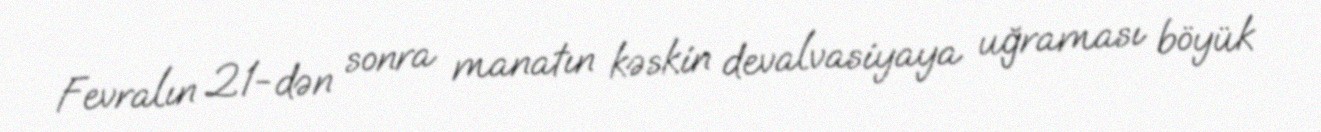
Fevralın 21-dən sonra manatın kəskin devalvasiyaya uğraması böyük